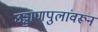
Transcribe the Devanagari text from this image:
उड्डाणपुलांवरून